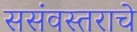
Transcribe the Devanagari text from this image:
ससंवस्तराचे